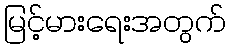
မြင့်မားရေးအတွက်